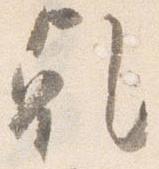
乾